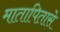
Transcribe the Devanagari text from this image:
मातापितासे